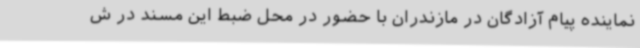
نماینده پیام آزادگان در مازندران با حضور در محل ضبط این مسند در ش